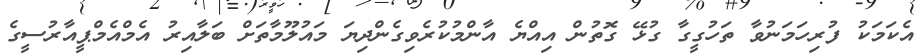
އެކަމަކު ފުރިހަމަނުވާ ތަހުގީގާ ގުޅޭ ގޮތުން އިއްޔެ އާންމުކުރެވިގެންދިޔަ މައުލޫމާތަށް ބަލާއިރު އެމްއެމްޕީއާރުސީގެ